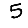
Digit: 5